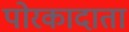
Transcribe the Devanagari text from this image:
पोरकादाता